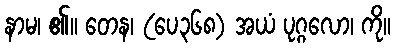
နာမ၊ ၏။ တေန၊ (ပေ၃၆၈) အယံ ပုဂ္ဂလော၊ ကို။